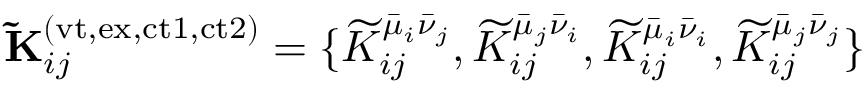
\mathbf { \widetilde { K } } _ { i j } ^ { ( \mathrm { v t , e x , c t 1 , c t 2 } ) } = \{ \widetilde { K } _ { i j } ^ { \bar { \mu } _ { i } \bar { \nu } _ { j } } , \widetilde { K } _ { i j } ^ { \bar { \mu } _ { j } \bar { \nu } _ { i } } , \widetilde { K } _ { i j } ^ { \bar { \mu } _ { i } \bar { \nu } _ { i } } , \widetilde { K } _ { i j } ^ { \bar { \mu } _ { j } \bar { \nu } _ { j } } \}